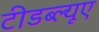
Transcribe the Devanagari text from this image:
टीडब्ल्‍यूए